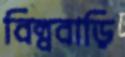
বিল্ববাড়ি